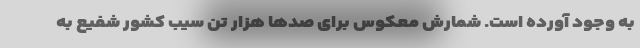
به وجود آورده است. شمارش معکوس برای صدها هزار تن سیب کشور شفیع به